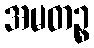
အမတဉ္စ